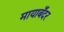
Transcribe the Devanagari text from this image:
मायाबँदर